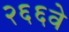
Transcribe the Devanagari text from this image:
२६६वे